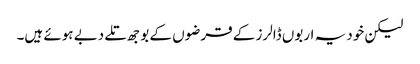
لیکن خود یہ اربوں ڈالرز کے قرضوں کے بوجھ تلے دبے ہوئے ہیں۔